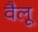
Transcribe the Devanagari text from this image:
वैलू